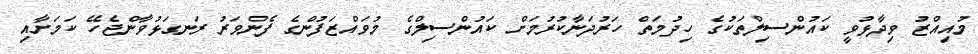
މުއިއްޒު ވިދާޅުވީ ކައުންސިލްތަކުގެ ހިދުމަތް ހަރުދަނާކުރުމަށް ކައުންސިލްގެ މުވައްޒަފުންގެ ފެންވަރު ރަނގަޅުވާންޖެހޭ ކަމަށާއި